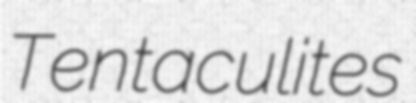
Tentaculites